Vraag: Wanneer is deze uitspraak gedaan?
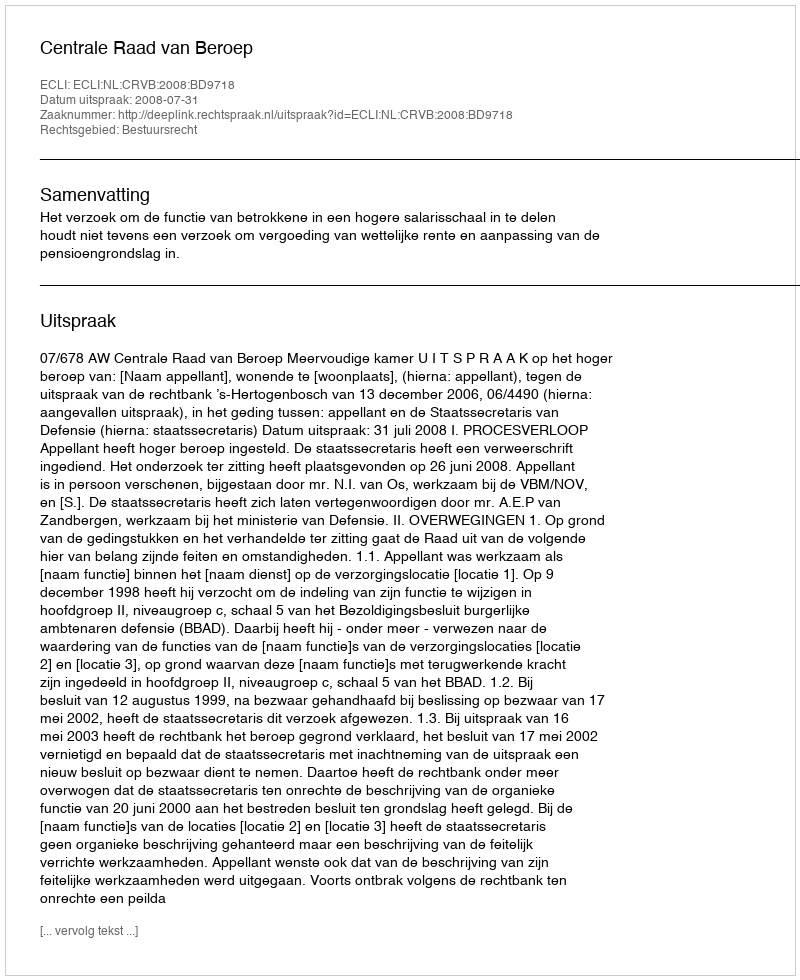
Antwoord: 2008-07-31